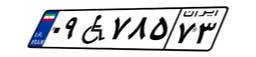
۰۹W۷۸۵۷۳